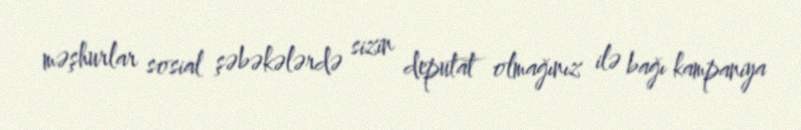
məşhurlar sosial şəbəkələrdə sizin deputat olmağınız ilə bağı kampaniya